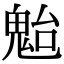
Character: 𩲥